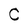
Character: C